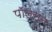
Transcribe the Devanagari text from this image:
पाॅलसन